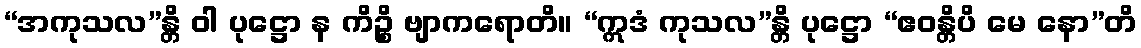
“အကုသလ”န္တိ ဝါ ပုဋ္ဌော န ကိဉ္စိ ဗျာကရောတိ။ “ဣဒံ ကုသလ”န္တိ ပုဋ္ဌော “ဧဝန္တိပိ မေ နော”တိ